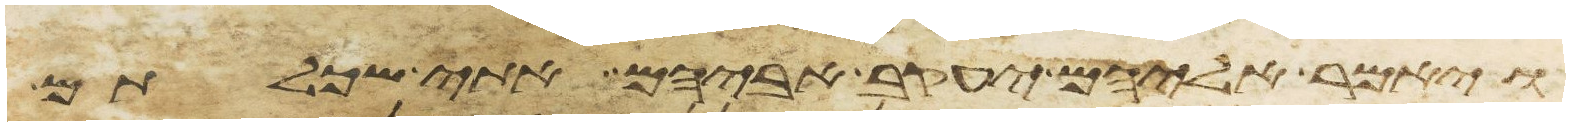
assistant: ויאמר אליהם יעקב אביהם אתי שכלתם